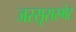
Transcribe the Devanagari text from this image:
जस्सूसरगेट